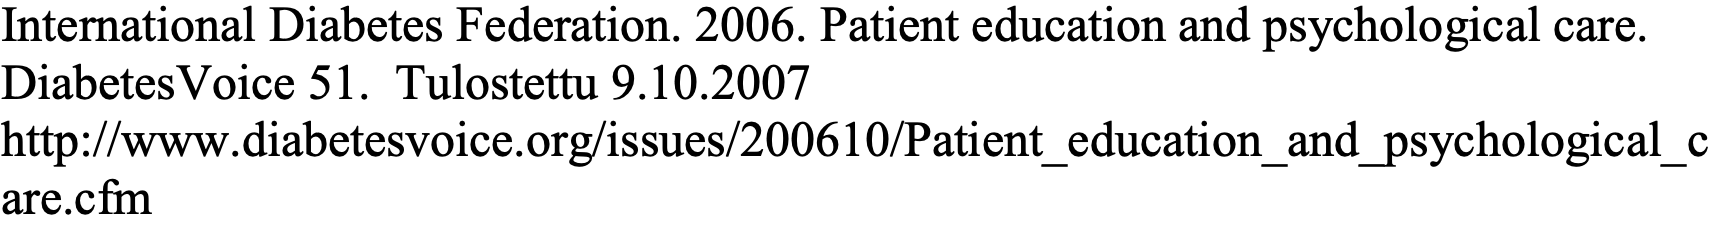
International Diabetes Federation. 2006. Patient education and psychological care. DiabetesVoice 51. Tulostettu 9.10.2007 http://www.diabetesvoice.org/issues/200610/Patient_education_and_psychological_c are.cfm